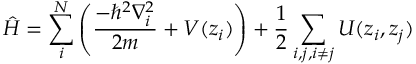
\hat { H } = \sum _ { i } ^ { N } \left( \frac { - \hbar ^ { 2 } \nabla _ { i } ^ { 2 } } { 2 m } + V ( z _ { i } ) \right) + \frac { 1 } { 2 } \sum _ { i , j , i \neq j } U ( z _ { i } , z _ { j } )